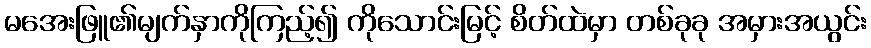
မအေးဖြူ၏မျက်နှာကိုကြည့်၍ ကိုသောင်းမြင့် စိတ်ထဲမှာ တစ်ခုခု အမှားအယွင်း